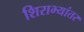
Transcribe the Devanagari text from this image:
शिराभ्यांतर